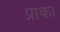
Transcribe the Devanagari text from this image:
प्राका